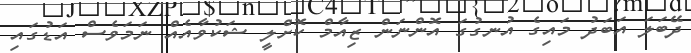
ދޭބަލަ އަބަދު މައިގެ އުނގުގަ އޮންނަން ޒިއާމް ކޮށްލީ ޝަކުވާއެއް ނަމަވެސް އަޑުގައި